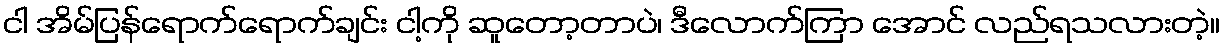
ငါ အိမ်ပြန်ရောက်ရောက်ချင်း ငါ့ကို ဆူတော့တာပဲ၊ ဒီလောက်ကြာ အောင် လည်ရသလားတဲ့။